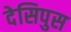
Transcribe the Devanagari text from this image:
देसिपुस